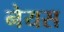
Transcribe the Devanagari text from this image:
नेयस